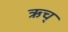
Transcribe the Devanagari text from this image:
ऋच्‌